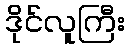
ဒိုင်လူကြီး